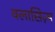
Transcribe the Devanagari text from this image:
क्लासिज़्म